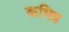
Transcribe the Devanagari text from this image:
कभिन्न